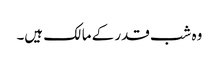
وہ شب قدر کے مالک ہیں۔